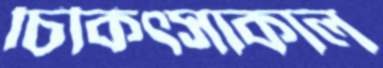
চিকিত্সাকাল